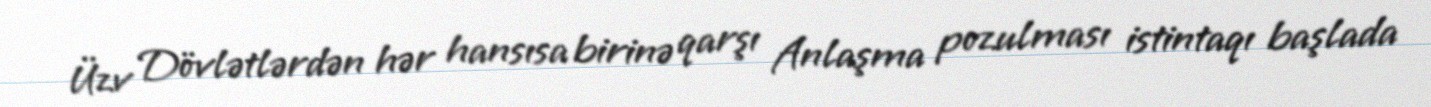
Üzv Dövlətlərdən hər hansısa birinə qarşı Anlaşma pozulması istintaqı başlada